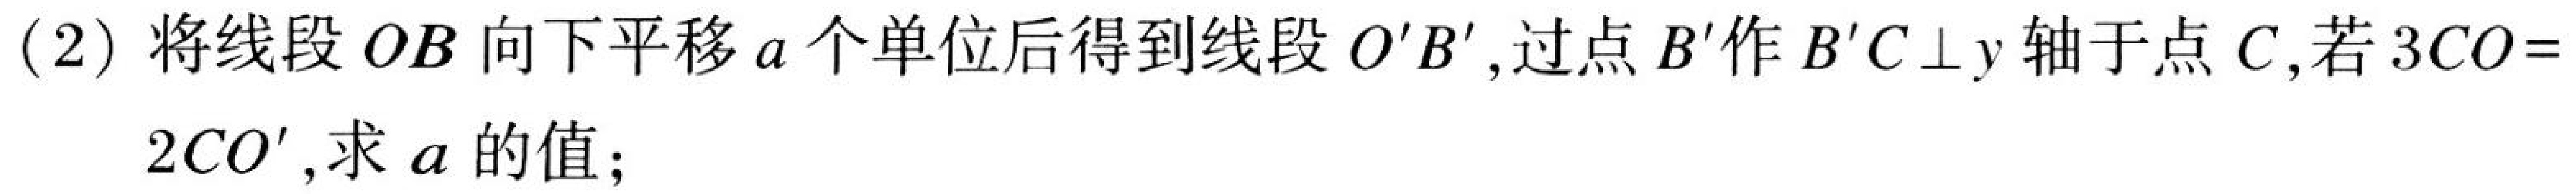
(2) 将线段$OB$向下平移$a$个单位后得到线段$O'B'$,过点$B'$作$B'C\perp y$轴于点$C$,若$3CO = 2CO'$,求$a$的值;